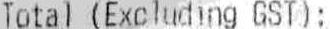
TOTAL (EXCLUDING GST):